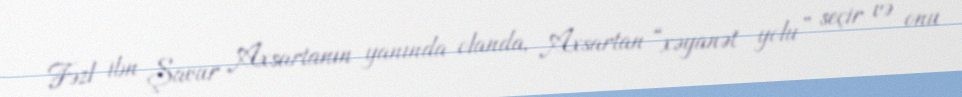
Fəzl ibn Şavur Axsartanın yanında olanda, Axsartan “xəyanət yolu” seçir və onu